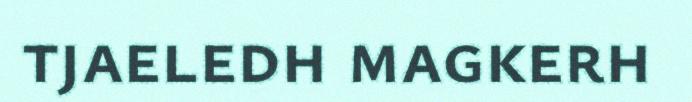
tjaeledh magkerh